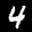
Label: 4